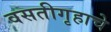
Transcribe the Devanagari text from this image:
वसतीगृहाचे